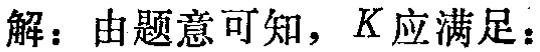
解：由题意可知，$K$应满足：